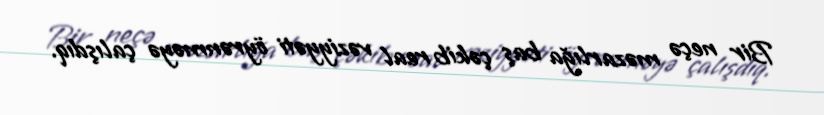
Bir neçə məzarlığa baş çəkib real vəziyyəti öyrənməyə çalışdıq.